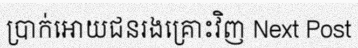
ប្រាក់អោយជនរងគ្រោះវិញ Next Post